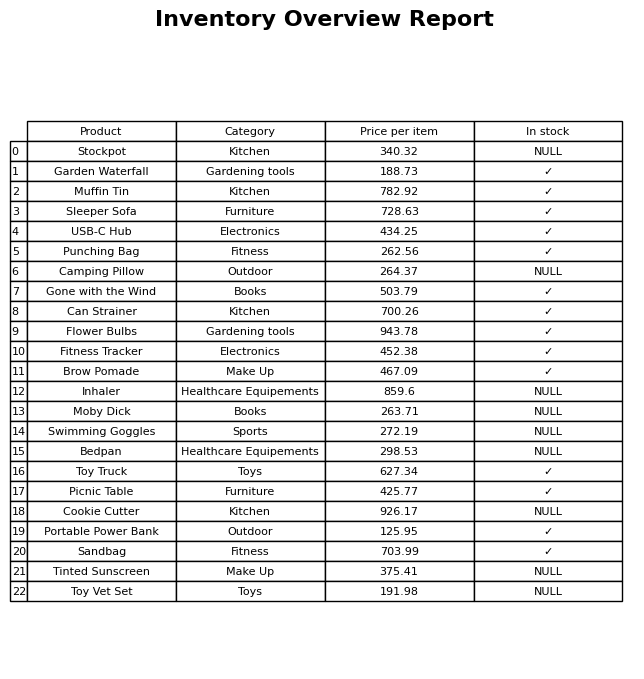
question: What is the price for Bedpan?
answer: The price of Bedpan is 298.53.